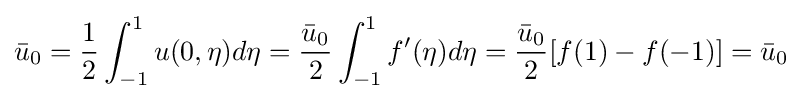
{\bar {u}}_{0}={\frac {1}{2}}\int _{-1}^{1}u(0,\eta )d\eta ={\frac {{\bar {u}}_{0}}{2}}\int _{-1}^{1}f'(\eta )d\eta ={\frac {{\bar {u}}_{0}}{2}}[f(1)-f(-1)]={\bar {u}}_{0}